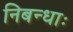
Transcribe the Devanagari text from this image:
निबन्धाः